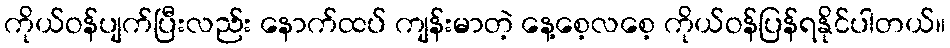
ကိုယ်ဝန်ပျက်ပြီးလည်း နောက်ထပ် ကျန်းမာတဲ့ နေ့စေ့လစေ့ ကိုယ်ဝန်ပြန်ရနိုင်ပါတယ်။